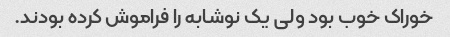
خوراک خوب بود ولی یک نوشابه را فراموش کرده بودند.